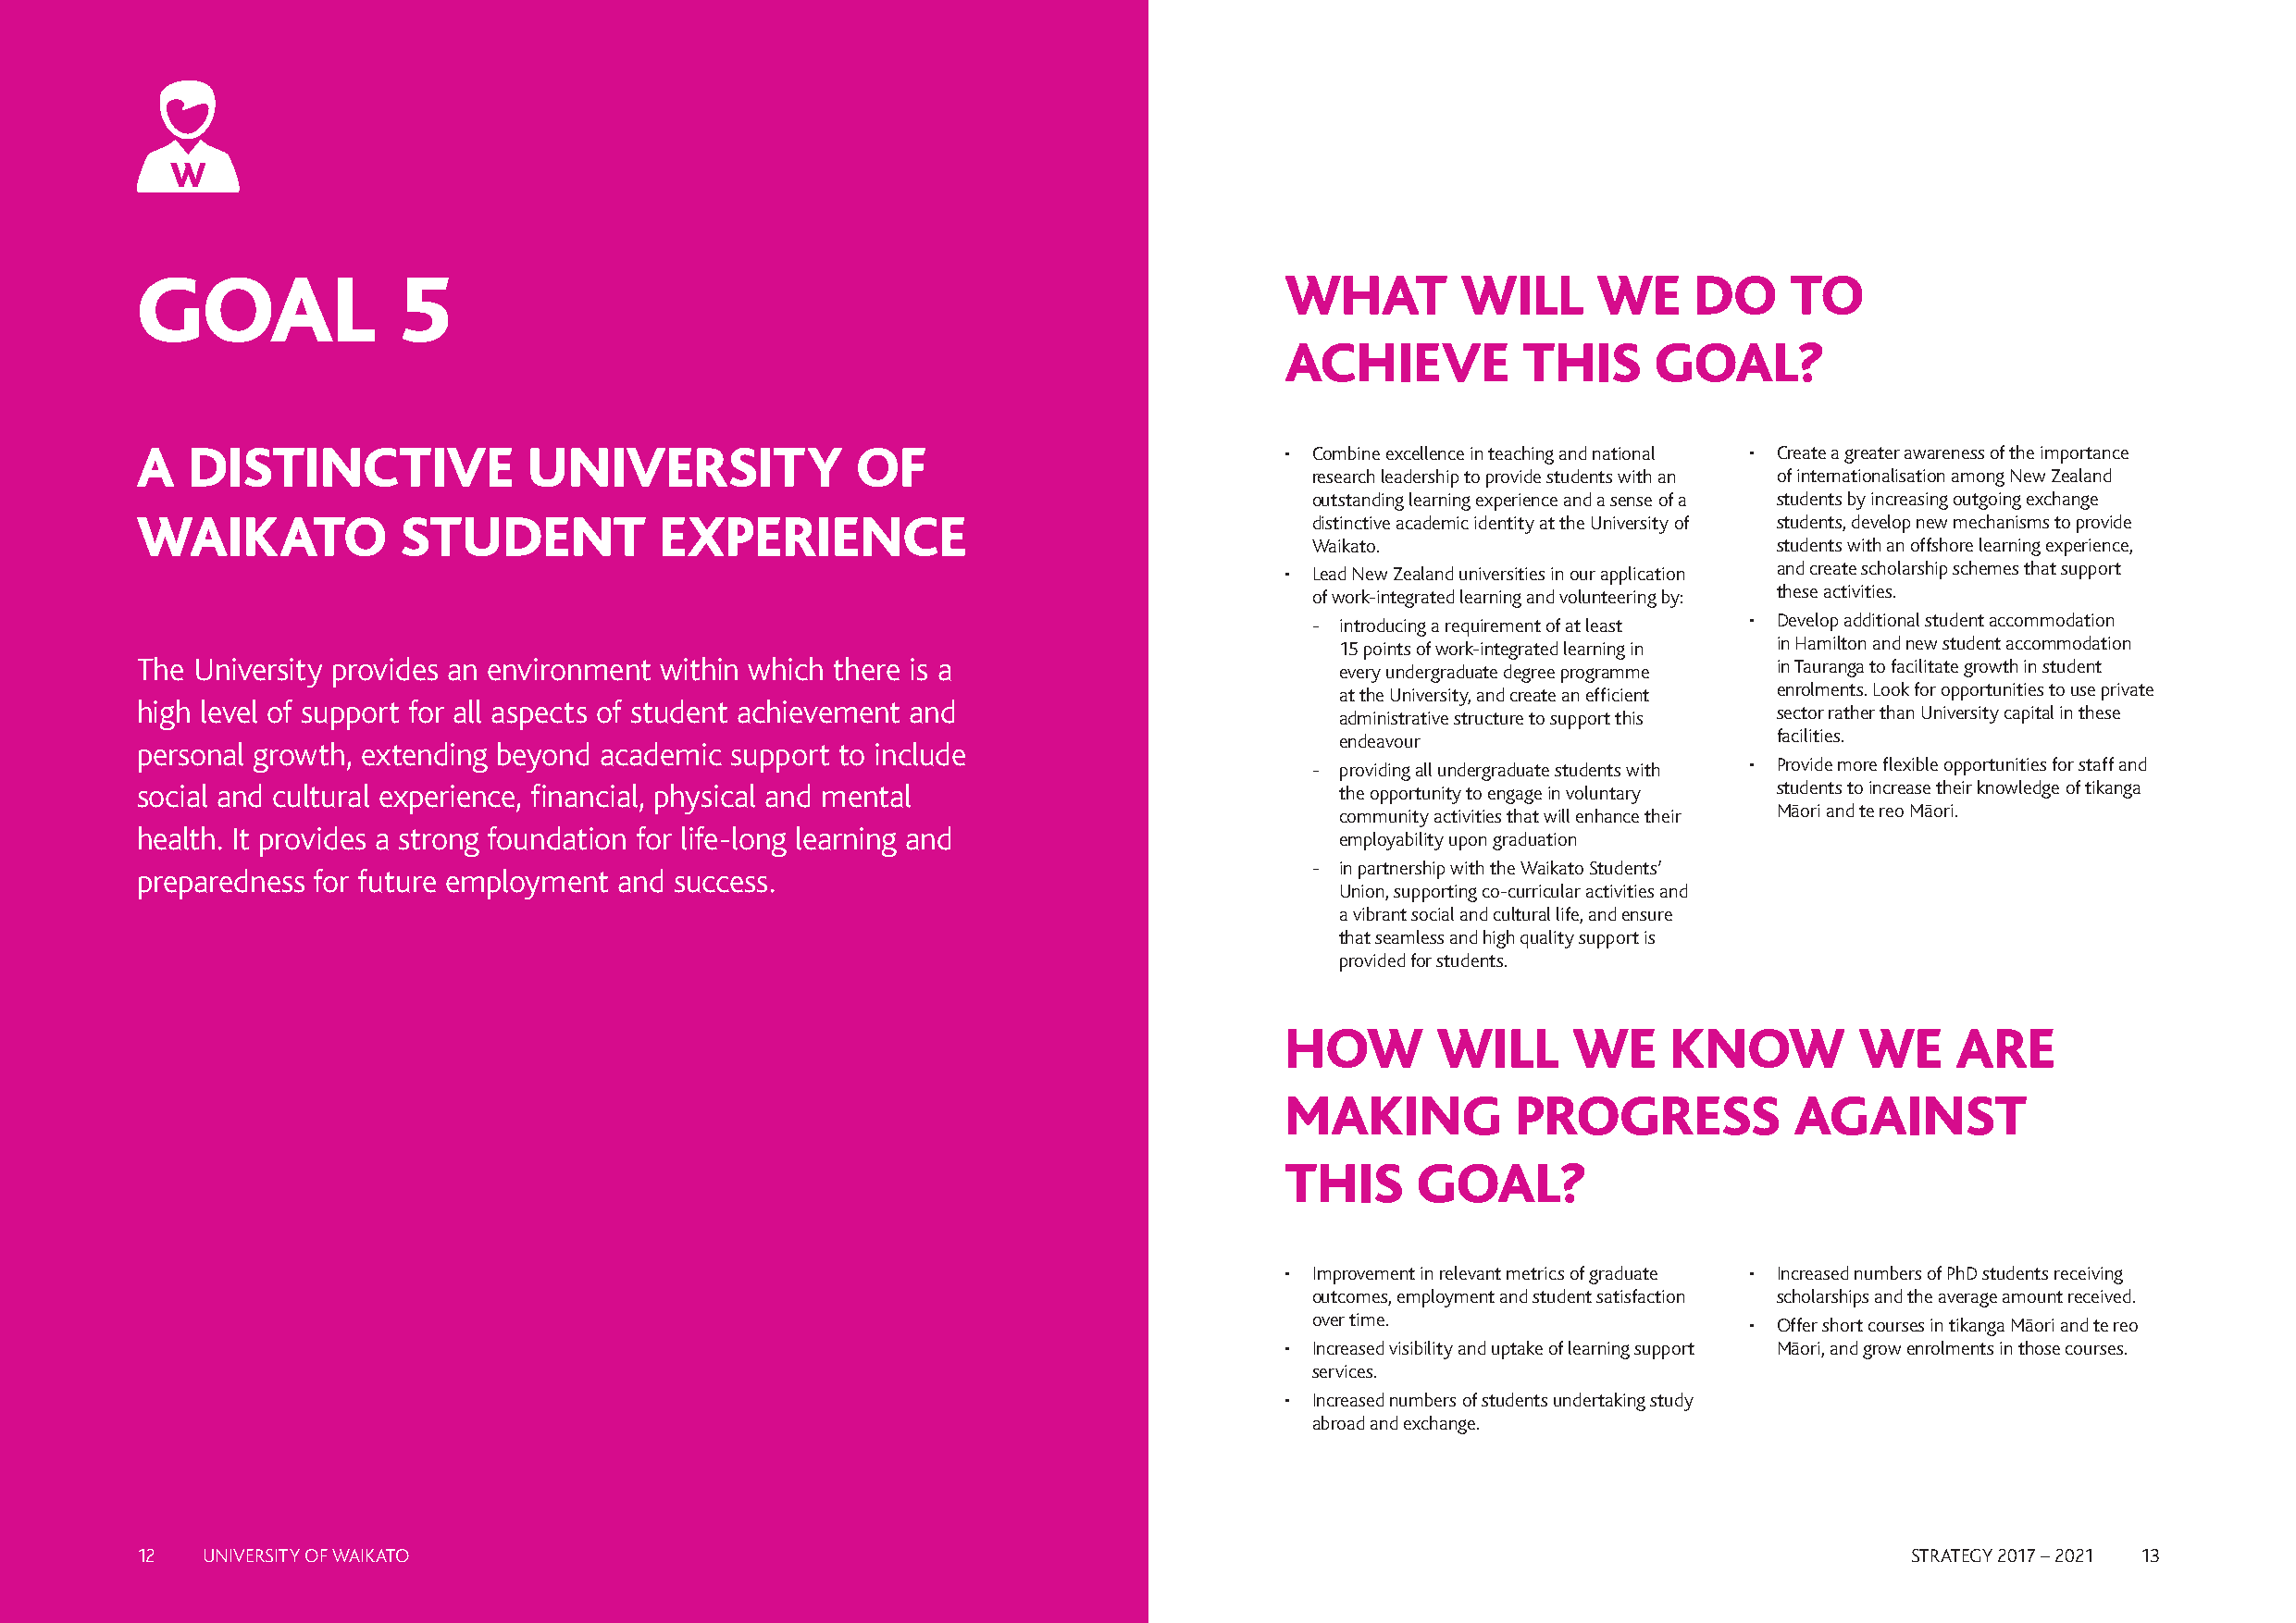
GOAL              5                                                               WHAT        WILL      WE     DO     TO
 ACHIEVE          THIS     GOAL?
 A  DISTINCTIVE              UNIVERSITY             OF                             • Combine excellence in teaching and national • Create a greater awareness of the importance
 research leadership to provide students with an of internationalisation among New Zealand
 outstanding learning experience and a sense of a students by increasing outgoing exchange
 WAIKATO            STUDENT           EXPERIENCE                                     distinctive academic identity at the University of students, develop new mechanisms to provide
 Waikato.                         students with an offshore learning experience,
 • Lead New Zealand universities in our application and create scholarship schemes that support
 of work-integrated learning and volunteering by: these activities.
 - introducing a requirement of at least • Develop additional student accommodation
 15 points of work-integrated learning in in Hamilton and new student accommodation
 The University provides an environment within which there is a                        every undergraduate degree programme in Tauranga to facilitate growth in student
 at the University, and create an efficient enrolments. Look for opportunities to use private
 high level of support for all aspects of student achievement and
 administrative structure to support this sector rather than University capital in these
 endeavour                      facilities.
 personal growth, extending beyond academic support to include
 - providing all undergraduate students with • Provide more flexible opportunities for staff and
 social and cultural experience, financial, physical and mental                        the opportunity to engage in voluntary students to increase their knowledge of tikanga
 community activities that will enhance their Māori and te reo Māori.
 health. It provides a strong foundation for life-long learning and
 employability upon graduation
 - in partnership with the Waikato Students’
 preparedness for future employment and success.
 Union, supporting co-curricular activities and
 a vibrant social and cultural life, and ensure
 that seamless and high quality support is
 provided for students.
 HOW        WILL     WE     KNOW          WE     ARE
 MAKING          PROGRESS            AGAINST
 THIS     GOAL?
 • Improvement in relevant metrics of graduate • Increased numbers of PhD students receiving
 outcomes, employment and student satisfaction scholarships and the average amount received.
 over time.                     • Offer short courses in tikanga Māori and te reo
 • Increased visibility and uptake of learning support Māori, and grow enrolments in those courses.
 services.
 • Increased numbers of students undertaking study
 abroad and exchange.
 12  UNIVERSITY OF WAIKATO                                                                                                      STRATEGY 2017 – 2021 13